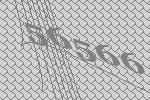
56566